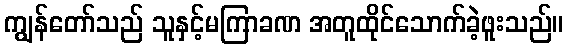
ကျွန်တော်သည် သူနှင့်မကြာခဏ အတူထိုင်သောက်ခဲ့ဖူးသည်။